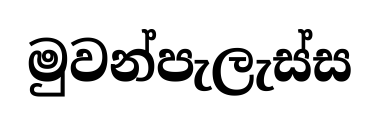
මුවන්පැලැස්ස